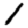
Digit: 1